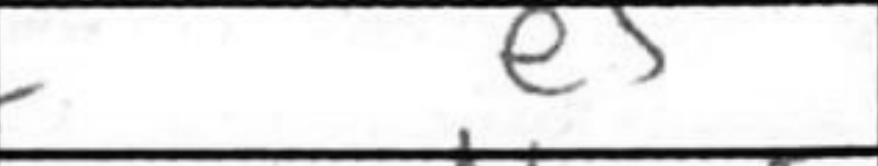
Transcription: e5